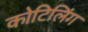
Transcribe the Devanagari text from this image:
कोटिलिंग